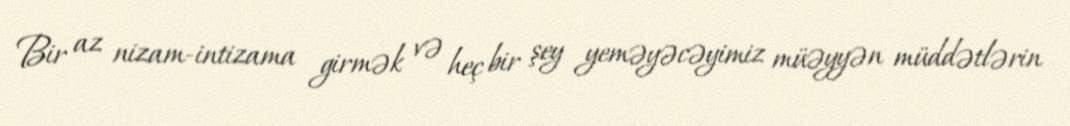
Bir az nizam-intizama girmək və heç bir şey yeməyəcəyimiz müəyyən müddətlərin